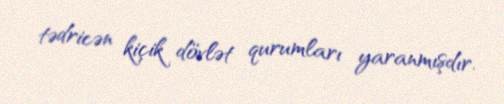
tədricən kiçik dövlət qurumları yaranmışdır.